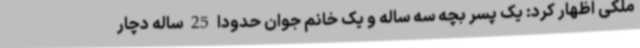
ملکی اظهار کرد: یک پسر بچه سه ساله و یک خانم جوان حدودا 25 ساله دچار